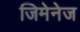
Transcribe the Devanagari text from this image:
जिमेनेज